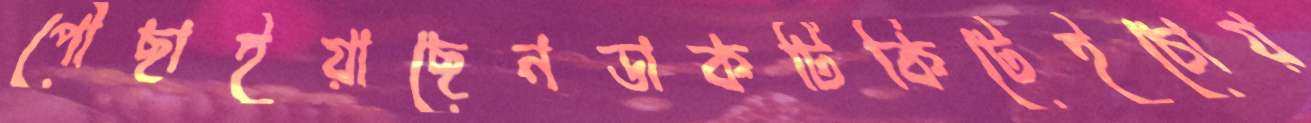
পৌঁছাইয়াছেনডাকটিকিটেইচোয়